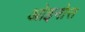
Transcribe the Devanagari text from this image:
ओइनोस